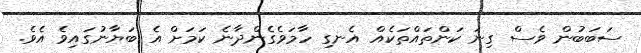
ސަބަބުން ވެސް ގިނަ ކަންތައްތަކެއް އެނގި ހާމަވެގެންދާނެ ކަމަށް އެ ބަޔާނުގައިވެ އެވެ.